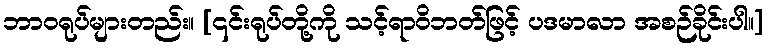
ဘာဝရုပ်များတည်း။ [၎င်းရုပ်တို့ကို သင့်ရာဝိဘတ်ဖြင့် ပဒမာလာ အစဉ်ခိုင်းပါ။]